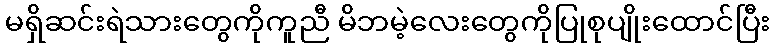
မရှိဆင်းရဲသားတွေကိုကူညီ မိဘမဲ့လေးတွေကိုပြုစုပျိုးထောင်ပြီး